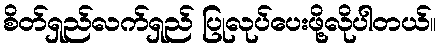
စိတ်ရှည်လက်ရှည် ပြုလုပ်ပေးဖို့လိုပါတယ်။